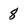
Character: 8